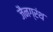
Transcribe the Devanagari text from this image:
जैनग्रंथ